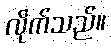
လိုက်သည်။